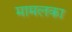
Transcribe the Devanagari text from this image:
मामलका